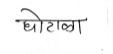
मजकूर: घोटाळा